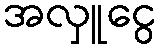
အလှူငွေ